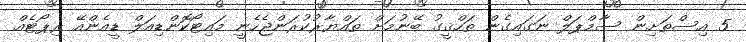
5 އިސްތަށިން ސާމްޕަލް ނަގައިގެން ތަހްޤީގު ބޭނުމަށް ތައްޔާރުކުރަންޖެހެނީ މައިޓޯކޮންޑިއަލް ޑީއެންއޭ ރިޕޯޓެއް